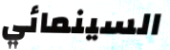
السينمائي